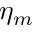
\eta _ { m }